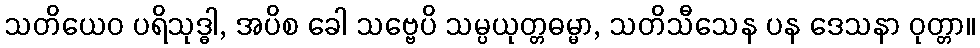
သတိယေဝ ပရိသုဒ္ဓါ, အပိစ ခေါ သဗ္ဗေပိ သမ္ပယုတ္တဓမ္မာ, သတိသီသေန ပန ဒေသနာ ဝုတ္တာ။